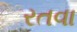
રતવા